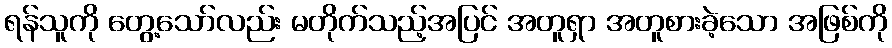
ရန်သူကို တွေ့သော်လည်း မတိုက်သည့်အပြင် အတူရှာ အတူစားခဲ့သော အဖြစ်ကို